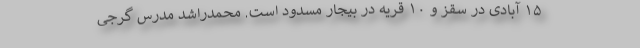
۱۵ آبادی در سقز و ۱۰ قریه در بیجار مسدود است. محمدراشد مدرس گرجی